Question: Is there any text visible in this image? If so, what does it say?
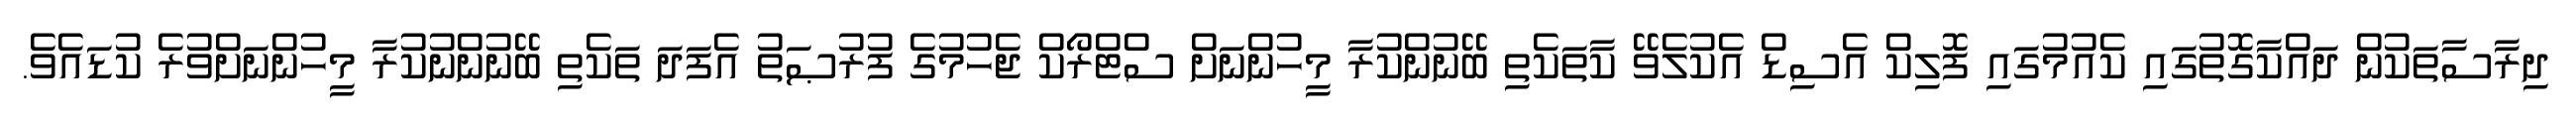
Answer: ދިރާސާތަކުން ދައްކާގޮތުގައި ކެއުމުގައި ފޮލިކް އެސިޑް އެކުލެވޭ ކާތަކެތި ބޭނުންކުރާ މީހުންނަށް ސްޓްރޯކް ޖެހުމުގެ ފުރުޞަތު އެފަދަ ތަކެތި ބޭނުންނުކުރާ މީހުންނަށްވުރެ ކުޑައެވެ.